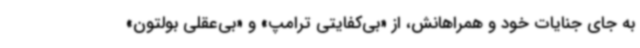
به‌ جای جنایات خود و همراهانش، از «بی‌کفایتی ترامپ» و «بی‌عقلی بولتون»